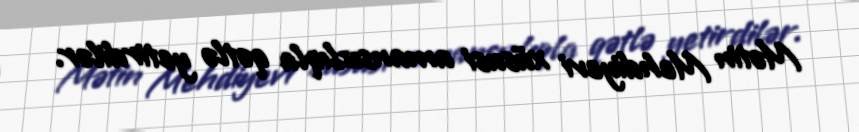
Mətin Mehdiyevi xüsusi amansızlıqla qətlə yetirdilər.